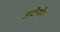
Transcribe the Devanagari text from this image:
उटेगे।